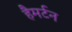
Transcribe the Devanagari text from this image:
हैमर्टन